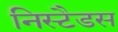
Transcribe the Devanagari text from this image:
निस्टैडस